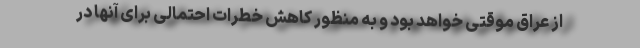
از عراق موقتی خواهد بود و به منظور کاهش خطرات احتمالی برای آنها در